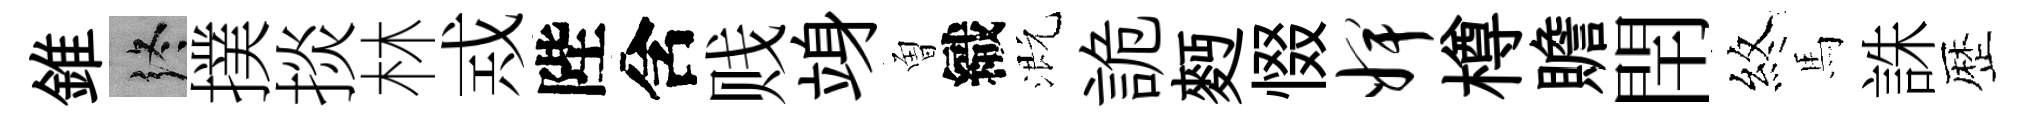
錐终撲掞林𢦶陛含贱竧曽織溉詭麪惙婢樽贍閈煞馬誅歴